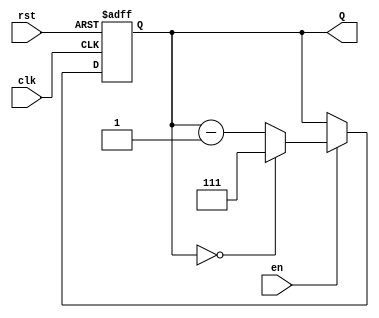
module down_counter (
    input wire clk,       // Clock signal
    input wire rst,       // Asynchronous reset
    input wire en,        // Enable signal
    output reg [2:0] Q    // 3-bit output for the counter
);

    // Define the maximum count value for a 3-bit counter
    localparam MAX_COUNT = 3'b111; // This is 7 in decimal

    // Asynchronous reset and counting logic
    always @(posedge clk or posedge rst) begin
        if (rst) begin
            Q <= MAX_COUNT; // Reset the counter to the maximum value
        end else if (en) begin
            if (Q == 3'b000) begin
                Q <= MAX_COUNT; // Wrap around to MAX_COUNT when reaching zero
            end else begin
                Q <= Q - 1; // Decrement the counter
            end
        end
    end

endmodule